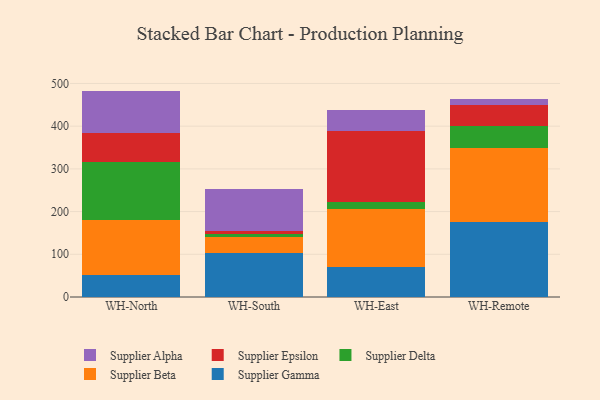
{"axis": {"x": "Warehouse", "y": "Page Views"}, "legend": ["Supplier Alpha", "Supplier Beta", "Supplier Delta", "Supplier Epsilon", "Supplier Gamma"], "data": [{"x": "WH-North", "y": 52.2, "type": "Supplier Gamma"}, {"x": "WH-North", "y": 127.3, "type": "Supplier Beta"}, {"x": "WH-North", "y": 135.6, "type": "Supplier Delta"}, {"x": "WH-North", "y": 69.5, "type": "Supplier Epsilon"}, {"x": "WH-North", "y": 98.1, "type": "Supplier Alpha"}, {"x": "WH-South", "y": 102.2, "type": "Supplier Gamma"}, {"x": "WH-South", "y": 37.4, "type": "Supplier Beta"}, {"x": "WH-South", "y": 8.0, "type": "Supplier Delta"}, {"x": "WH-South", "y": 7.7, "type": "Supplier Epsilon"}, {"x": "WH-South", "y": 97.4, "type": "Supplier Alpha"}, {"x": "WH-East", "y": 71.4, "type": "Supplier Gamma"}, {"x": "WH-East", "y": 134.0, "type": "Supplier Beta"}, {"x": "WH-East", "y": 16.2, "type": "Supplier Delta"}, {"x": "WH-East", "y": 168.0, "type": "Supplier Epsilon"}, {"x": "WH-East", "y": 47.7, "type": "Supplier Alpha"}, {"x": "WH-Remote", "y": 174.8, "type": "Supplier Gamma"}, {"x": "WH-Remote", "y": 173.0, "type": "Supplier Beta"}, {"x": "WH-Remote", "y": 52.6, "type": "Supplier Delta"}, {"x": "WH-Remote", "y": 48.4, "type": "Supplier Epsilon"}, {"x": "WH-Remote", "y": 14.3, "type": "Supplier Alpha"}]}